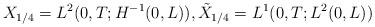
LaTeX: \begin{align*}X_{1/4}=L^{2}(0,T; H^{-1}(0,L) ) , \tilde{X}_{1/4}=L^{1}( 0,T;L^2( 0,L) )\end{align*}